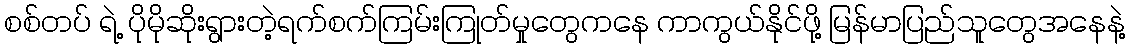
စစ်တပ် ရဲ့ ပိုမိုဆိုးရွားတဲ့ရက်စက်ကြမ်းကြုတ်မှုတွေကနေ ကာကွယ်နိုင်ဖို့ မြန်မာပြည်သူတွေအနေနဲ့